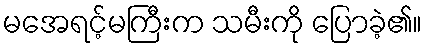
မအေရင့်မကြီးက သမီးကို ပြောခဲ့၏။